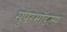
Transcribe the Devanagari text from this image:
सुपरमॉडल्स